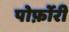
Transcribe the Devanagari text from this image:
पोर्फ़ोरी